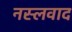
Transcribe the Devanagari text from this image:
नस्‍लवाद